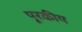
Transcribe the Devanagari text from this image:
पूरकीय